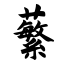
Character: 蘩